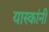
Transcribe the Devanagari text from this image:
यास्कांनी